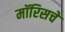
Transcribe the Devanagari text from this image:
मॉरिसचे